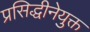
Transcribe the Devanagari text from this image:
प्रसिद्धीनेयुक्त